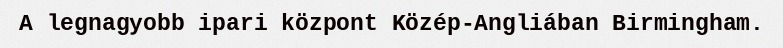
A legnagyobb ipari központ Közép-Angliában Birmingham.